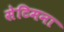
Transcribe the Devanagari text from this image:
सेटिमना